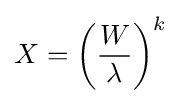
X=\left({\frac {W}{\lambda }}\right)^{k}